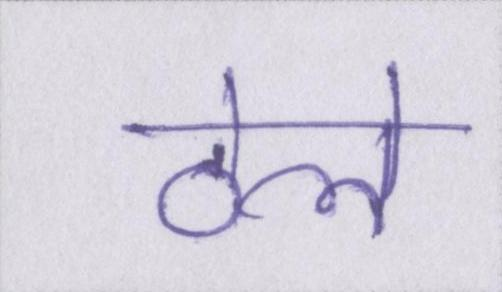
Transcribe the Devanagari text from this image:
ठेले